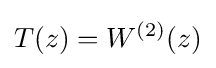
T(z)=W^{(2)}(z)